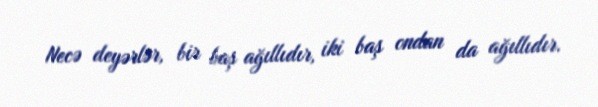
Necə deyərlər, bir baş ağıllıdır, iki baş ondan da ağıllıdır.